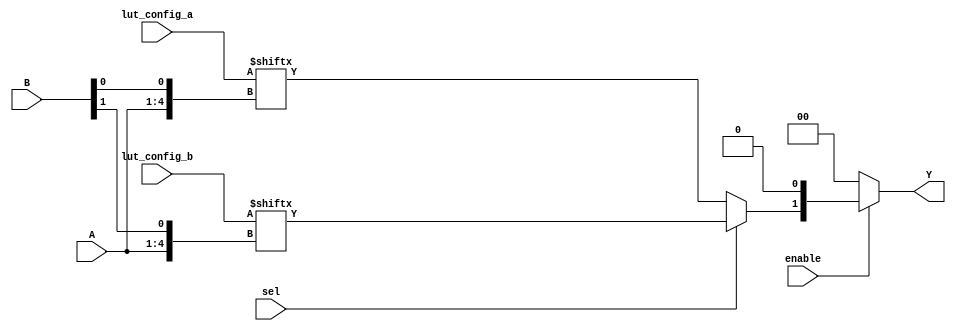
module CLB (
    input wire [3:0] A,            // Inputs A[3:0] (4 input signals)
    input wire [3:0] B,            // Inputs B[3:0] (another set of input signals)
    input wire sel,                // MUX selection signal
    input wire enable,             // Enable signal for outputs
    input wire [15:0] lut_config_a, // LUT configuration for LUT A (4-input)
    input wire [15:0] lut_config_b, // LUT configuration for LUT B (4-input)
    output wire [1:0] Y            // Outputs Y[1:0]
);

// LUT A: 4-input Look-Up Table
wire lut_a_out;
assign lut_a_out = lut_config_a[{A, B[0]}]; // Example: Configure LUT A with inputs A and B[0]

// LUT B: 4-input Look-Up Table
wire lut_b_out;
assign lut_b_out = lut_config_b[{A, B[1]}]; // Example: Configure LUT B with inputs A and B[1]

// MUX: Select between LUT outputs based on control signal 'sel'
wire mux_out;
assign mux_out = (sel) ? lut_b_out : lut_a_out;

// Enable/Disable Logic
assign Y = enable ? {mux_out, 1'b0} : 2'b00; // If enabled, output mux result; otherwise, output 0

endmodule